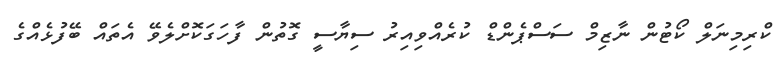
ކްރިމިނަލް ކޯޓުން ނާޒިމް ސަސްޕެންޑް ކުރެއްވިއިރު ސިޔާސީ ގޮތުން ފާހަގަކޮށްލެވޭ އެތައް ބޭފުޅެއްގެ